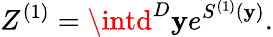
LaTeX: Z^{(1)}=\intd^{D}\mathbf{y}e^{S^{(1)}(\mathbf{y})}.